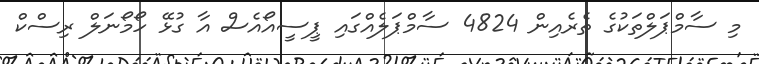
މި ސާމްޕަލްތަކުގެ ތެރެއިން 4824 ސާމްޕަލެއްގައި ޕީސީއޯއެސް އާ ގުޅޭ ހޯމޯނަލް ރިސްކް